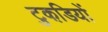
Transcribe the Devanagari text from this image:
टुकडि़यों